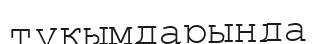
түқымдарында